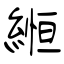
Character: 縆